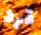
قرد